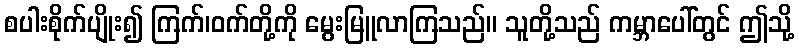
စပါးစိုက်ပျိုး၍ ကြက်၊ဝက်တို့ကို မွေးမြူလာကြသည်။ သူတို့သည် ကမ္ဘာပေါ်တွင် ဤသို့